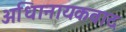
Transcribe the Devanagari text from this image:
अधिानायकवाद